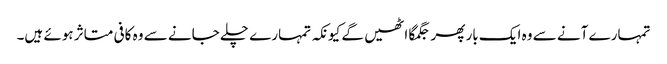
تمہارے آنے سے وہ ایک بار پھر جگمگا اٹھیں گے کیونکہ تمہارے چلے جانے سے وہ کافی متاثر ہوئے ہیں۔